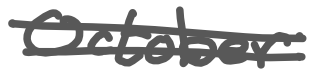
Text: October
Cross-out: double-line
Writing tool: digital_gray